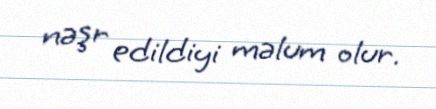
nəşr edildiyi məlum olur.